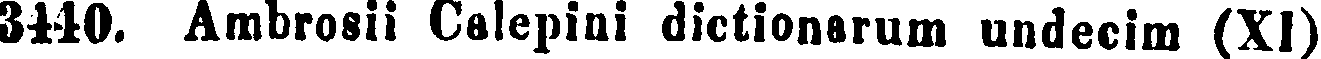
3110. Ambrosii Calepini dictionarum undecim (XI)